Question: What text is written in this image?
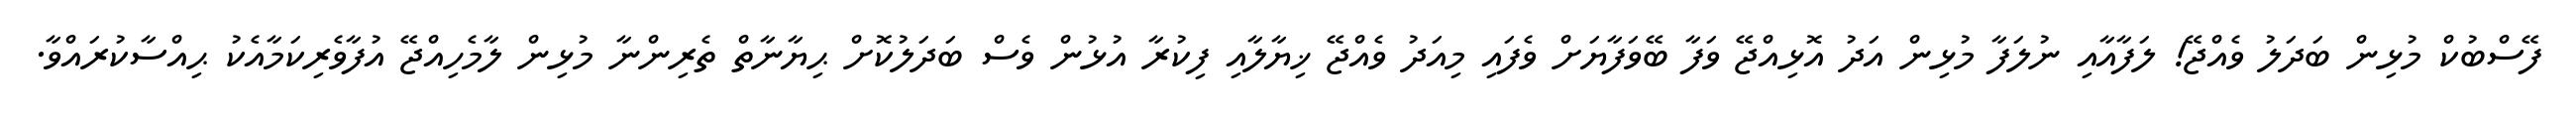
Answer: ފޭސްބުކް މުޅިން ބަދަލު ވެއްޖޭ! ލަފާއާއި ނުލަފާ މުޅިން އަދު އޮޅިއްޖޭ ވަފާ ބޭވަފާޔަށް ވެފައި މިއަދު ވެއްޖޭ ޚިޔާލާއި ފިކުރާ އުޅުން ވެސް ބަދަލުކޮށް ޙިޔާނާތް ތެރިންނާ މުޅިން ލާމެހިއްޖޭ އުފާވެރިކަމާއެކު ޙިއްސާކުރައްވާ.